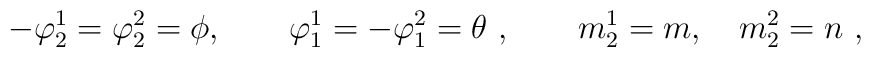
-\varphi_2^1 = \varphi_2^2 = \phi, \qquad \varphi_1^1= -\varphi_1^2= \theta~,\qquad m_2^1=m, \quad m_2^2 = n~,